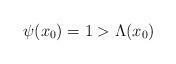
LaTeX: \begin{align*}\psi(x_0)=1>\Lambda(x_0)\end{align*}